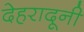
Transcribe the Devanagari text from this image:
देहरादूनी